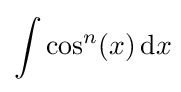
\int \cos ^{n}(x)\,{\text{d}}x\!